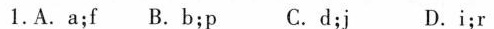
1.A.A;f B.B;p C.d;j D.i;r